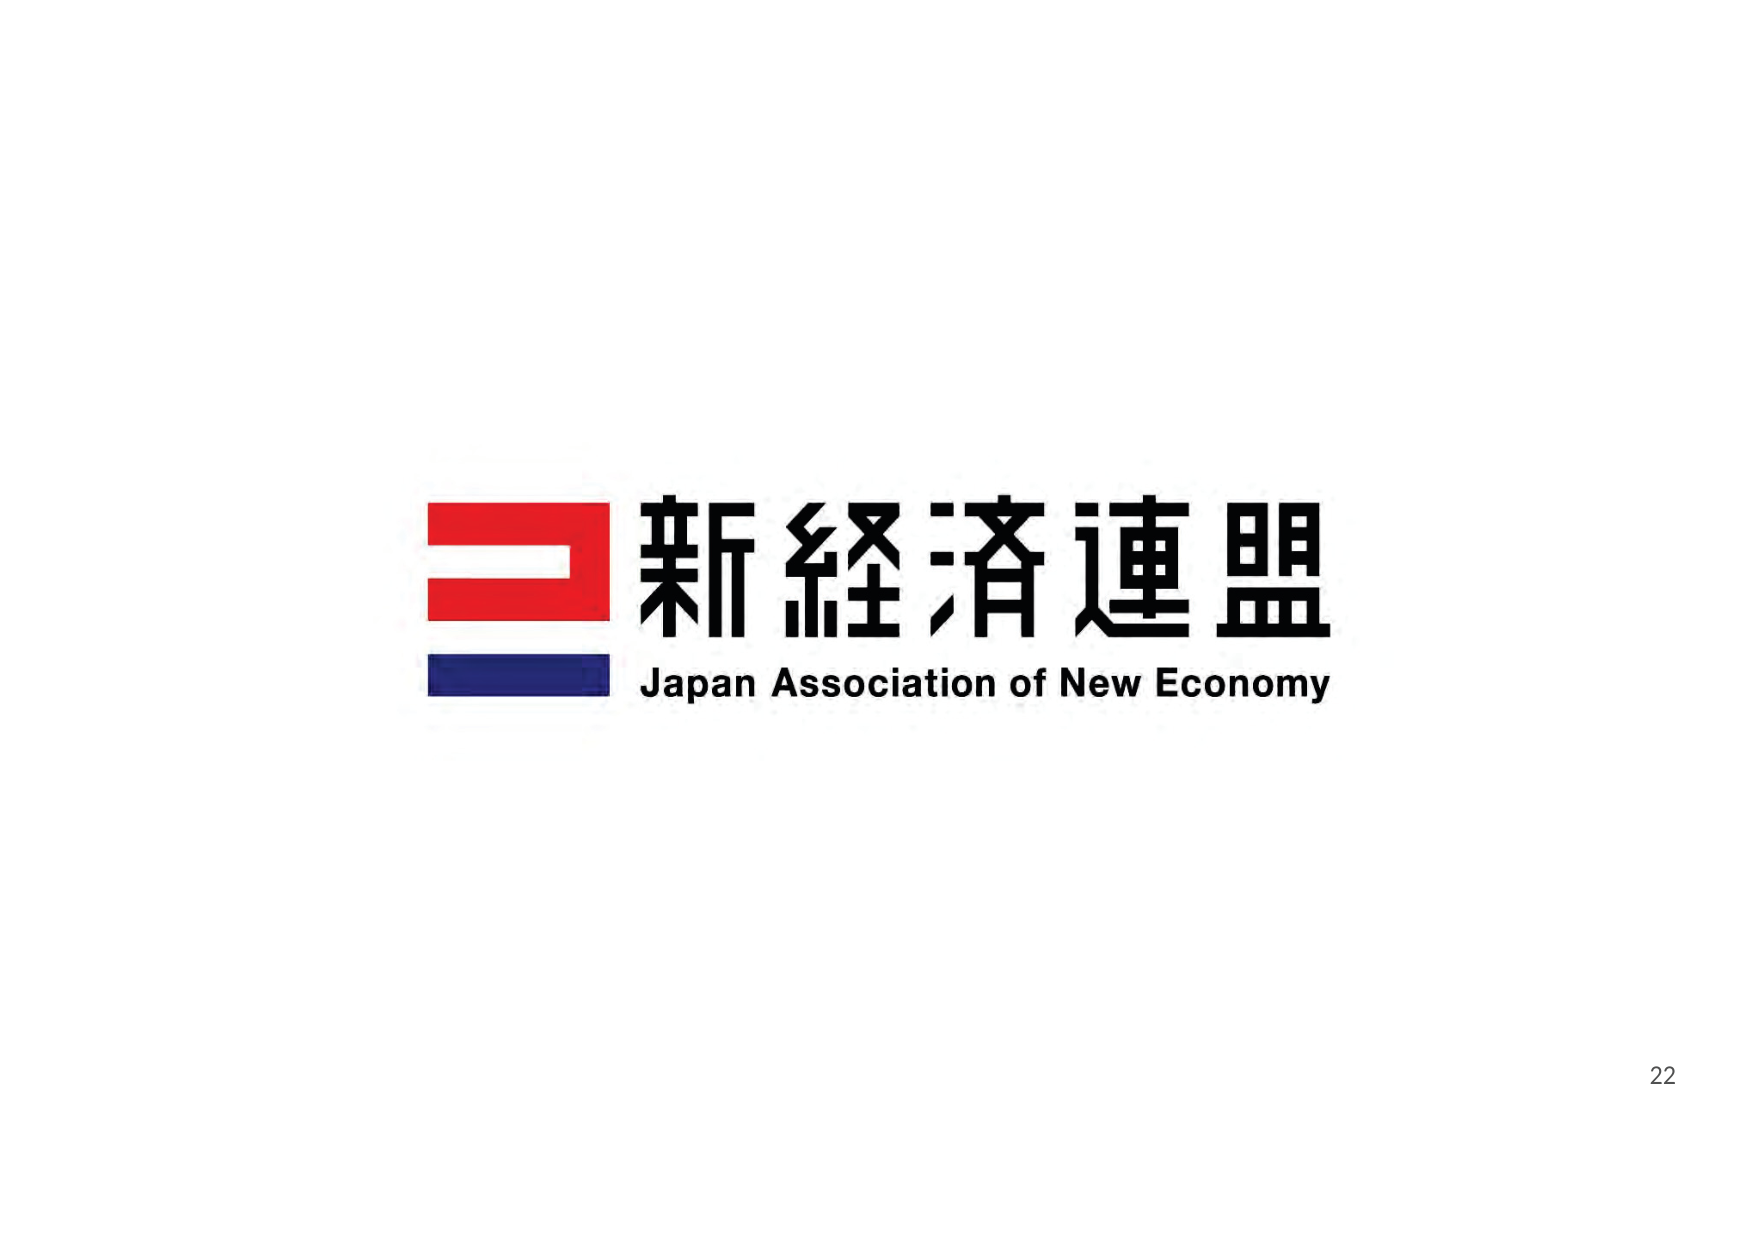
新経済連盟
Japan Association of New Economy
22